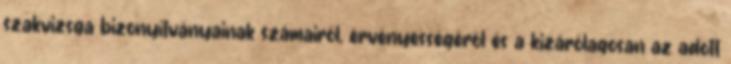
szakvizsga bizonyítványainak számairól, érvényességérõl és a kizárólagosan az adott